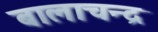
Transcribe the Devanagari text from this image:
बालाचन्द्र